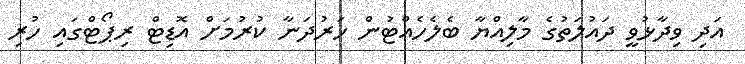
އަދި ވިދާޅުވީ ދައުލަތުގެ މާލިއްޔާ ބެލެހެއްޓުން ހަރުދަނާ ކުރުމަށް އޮޑިޓް ރިޕޯޓްގައި ހުރި